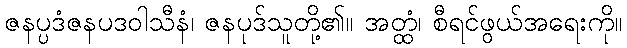
ဇနပ္ပဒံဇနပဒဝါသီနံ၊ ဇနပုဒ်သူတို့၏။ အတ္ထံ၊ စီရင်ဖွယ်အရေးကို။